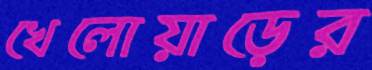
খেলোয়াড়ের